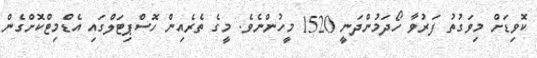
ކޮވިޑަށް މިވަގުތު ފަރުވާ ހޯދަމުންދަނީ 1520 މީހުންނެވެ. މީގެ ތެރެއިން ހޮސްޕިޓަލްގައި އެޑްމިޓްކޮށްގެން